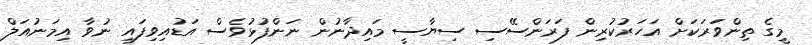
މީގެ ތިންވަރަކަށް އަހަރުކުރިން ފަރަންސޭސި ސިޔާސީ މައިދާނުން ނަންފުޅުވެސް އަޑުއިވިފައި ނުވާ އިމަނުއަލް